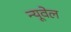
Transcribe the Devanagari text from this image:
न्यूवेल